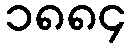
၁၈၈၄